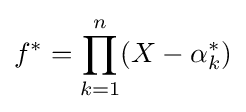
f^{*}=\prod _{k=1}^{n}(X-\alpha _{k}^{*})